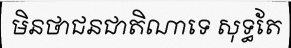
មិនថាជនជាតិណាទេ សុទ្ធតែ